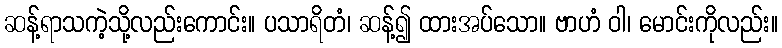
ဆန့်ရာသကဲ့သို့လည်းကောင်း။ ပသာရိတံ၊ ဆန့်၍ ထားအပ်သော။ ဗာဟံ ဝါ၊ မောင်းကိုလည်း။